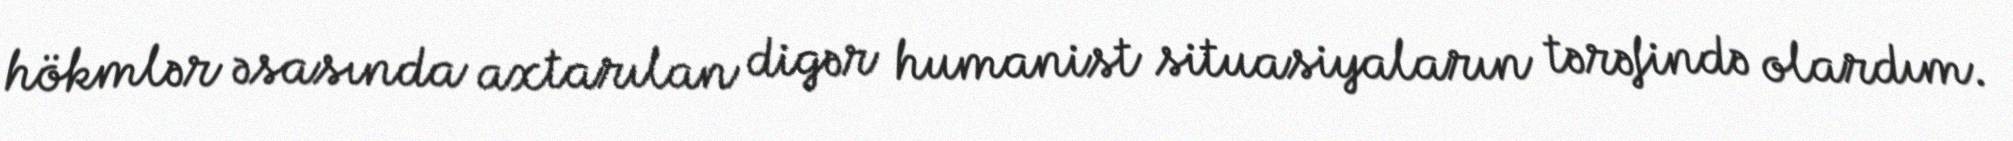
hökmlər əsasında axtarılan digər humanist situasiyaların tərəfində olardım.